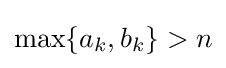
\max\{a_{k},b_{k}\}>n